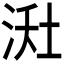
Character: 𪶇